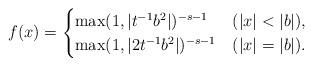
LaTeX: \begin{align*}f(x) =\begin{cases} \max(1,|t^{-1}b^2|)^{-s-1} & (|x|<|b|), \\\max(1,|2t^{-1}b^2|)^{-s-1} & (|x|=|b|).\end{cases}\end{align*}